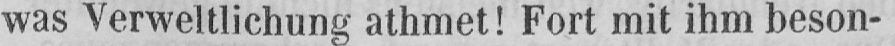
was Verweltlichung athmet! Fort mit ihm beson-